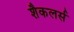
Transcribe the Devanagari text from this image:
शैकलर्स